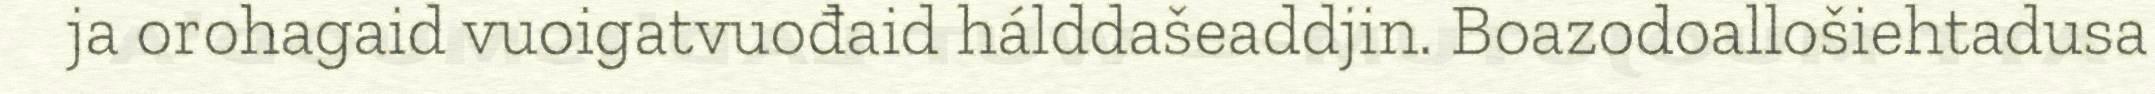
ja orohagaid vuoigatvuođaid hálddašeaddjin. Boazodoallošiehtadusa